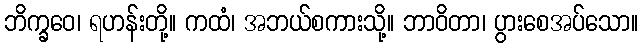
ဘိက္ခဝေ၊ ရဟန်းတို့။ ကထံ၊ အဘယ်စကားသို့။ ဘာဝိတာ၊ ပွားစေအပ်သော။